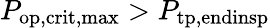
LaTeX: P_{\mathrm{op,crit,max}}>P_{\mathrm{tp,endinsp}}